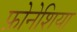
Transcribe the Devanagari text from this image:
फ़ोनेशिया